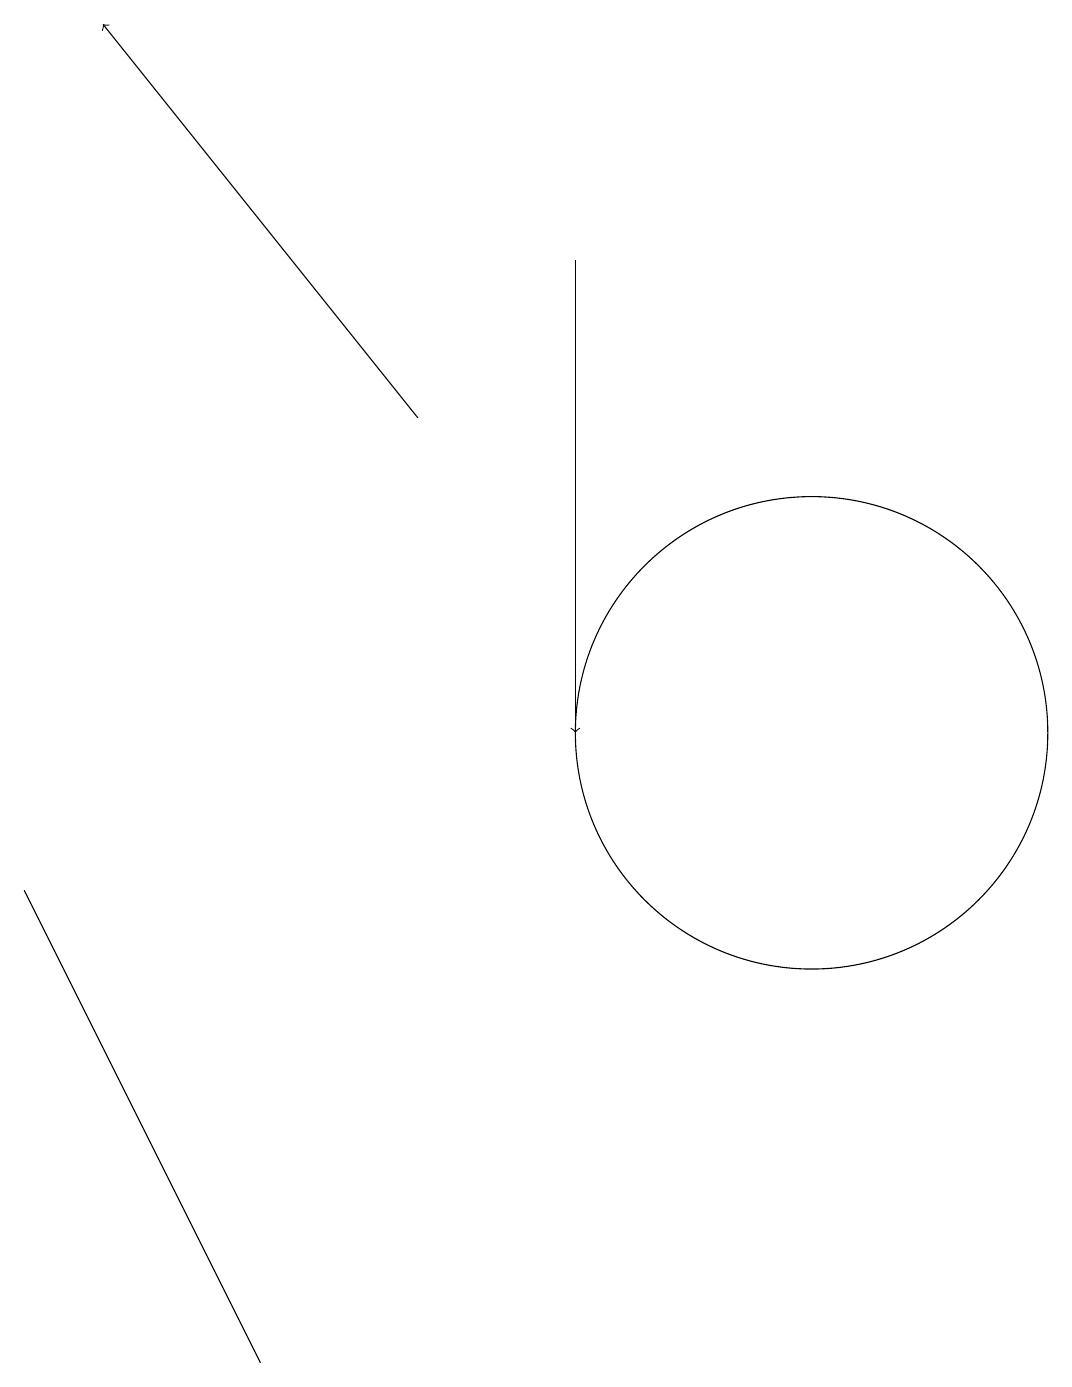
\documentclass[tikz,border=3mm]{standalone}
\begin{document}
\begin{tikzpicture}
\draw (0,8) -- (3,2) -- (2,4) -- cycle;
\draw[->] (5,14) -- (1,19);
\draw (10,10) circle (3);
\draw[->] (7,16) -- (7,10);
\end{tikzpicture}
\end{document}